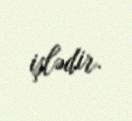
işlədir.